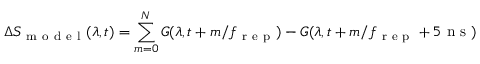
\Delta S _ { \mathrm { ~ m ~ o ~ d ~ e ~ l ~ } } ( \lambda , t ) = \sum _ { m = 0 } ^ { N } G ( \lambda , t + m / f _ { \mathrm { ~ r ~ e ~ p ~ } } ) - G ( \lambda , t + m / f _ { \mathrm { ~ r ~ e ~ p ~ } } + 5 \textrm { n s } )